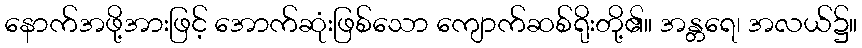
နောက်အဖို့အားဖြင့် အောက်ဆုံးဖြစ်သော ကျောက်ဆစ်ရိုးတို့၏။ အန္တရေ၊ အလယ်၌။